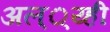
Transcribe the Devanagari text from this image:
अल््य्ही